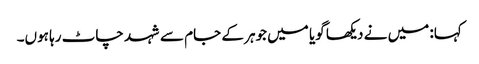
کہا: میں نے دیکھا گویا میں جوہر کے جام سے شہد چاٹ رہا ہوں۔